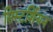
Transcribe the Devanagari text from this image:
सिस्टर्शियन